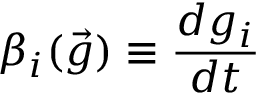
\beta _ { i } ( \vec { g } ) \equiv \frac { d g _ { i } } { d t }